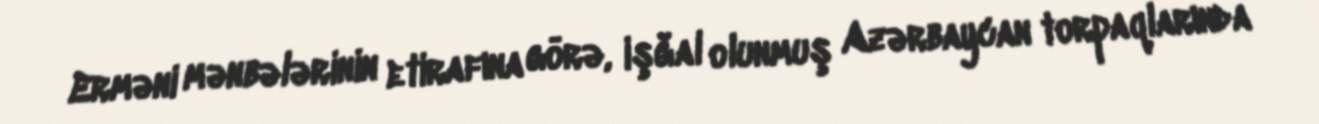
Erməni mənbələrinin etirafına görə, işğal olunmuş Azərbaycan torpaqlarında